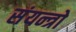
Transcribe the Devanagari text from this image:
संयन्त्रो